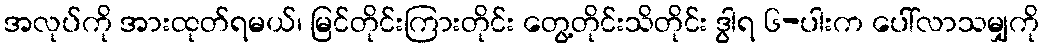
အလုပ်ကို အားထုတ်ရမယ်၊ မြင်တိုင်းကြားတိုင်း တွေ့တိုင်းသိတိုင်း ဒွါရ ၆-ပါးက ပေါ်လာသမျှကို